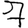
Digit: 7